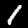
Label: 1